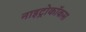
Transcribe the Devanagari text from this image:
नाइट्रोकॉकस